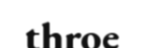
throe